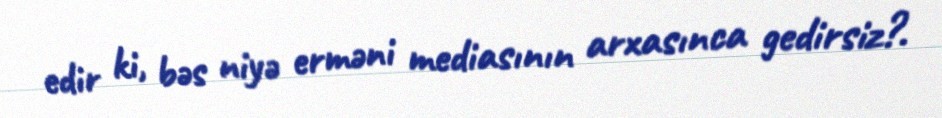
edir ki, bəs niyə erməni mediasının arxasınca gedirsiz?.